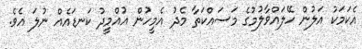
އެކަމަކު އަލުން ހޭލައްވާލުމުގެ މަސައްކަތާ މެދު އެމީހުން އުއްމީދު ކަނޑައެއް ނުލަ އެވެ.